Bréfritari: Sigurður Jónsson
Viðtakandi: Jón Borgfirðings Jónsson
Dagsetning: A-1861-01-13
Skrifað á: Möðrudal  N-Múl.

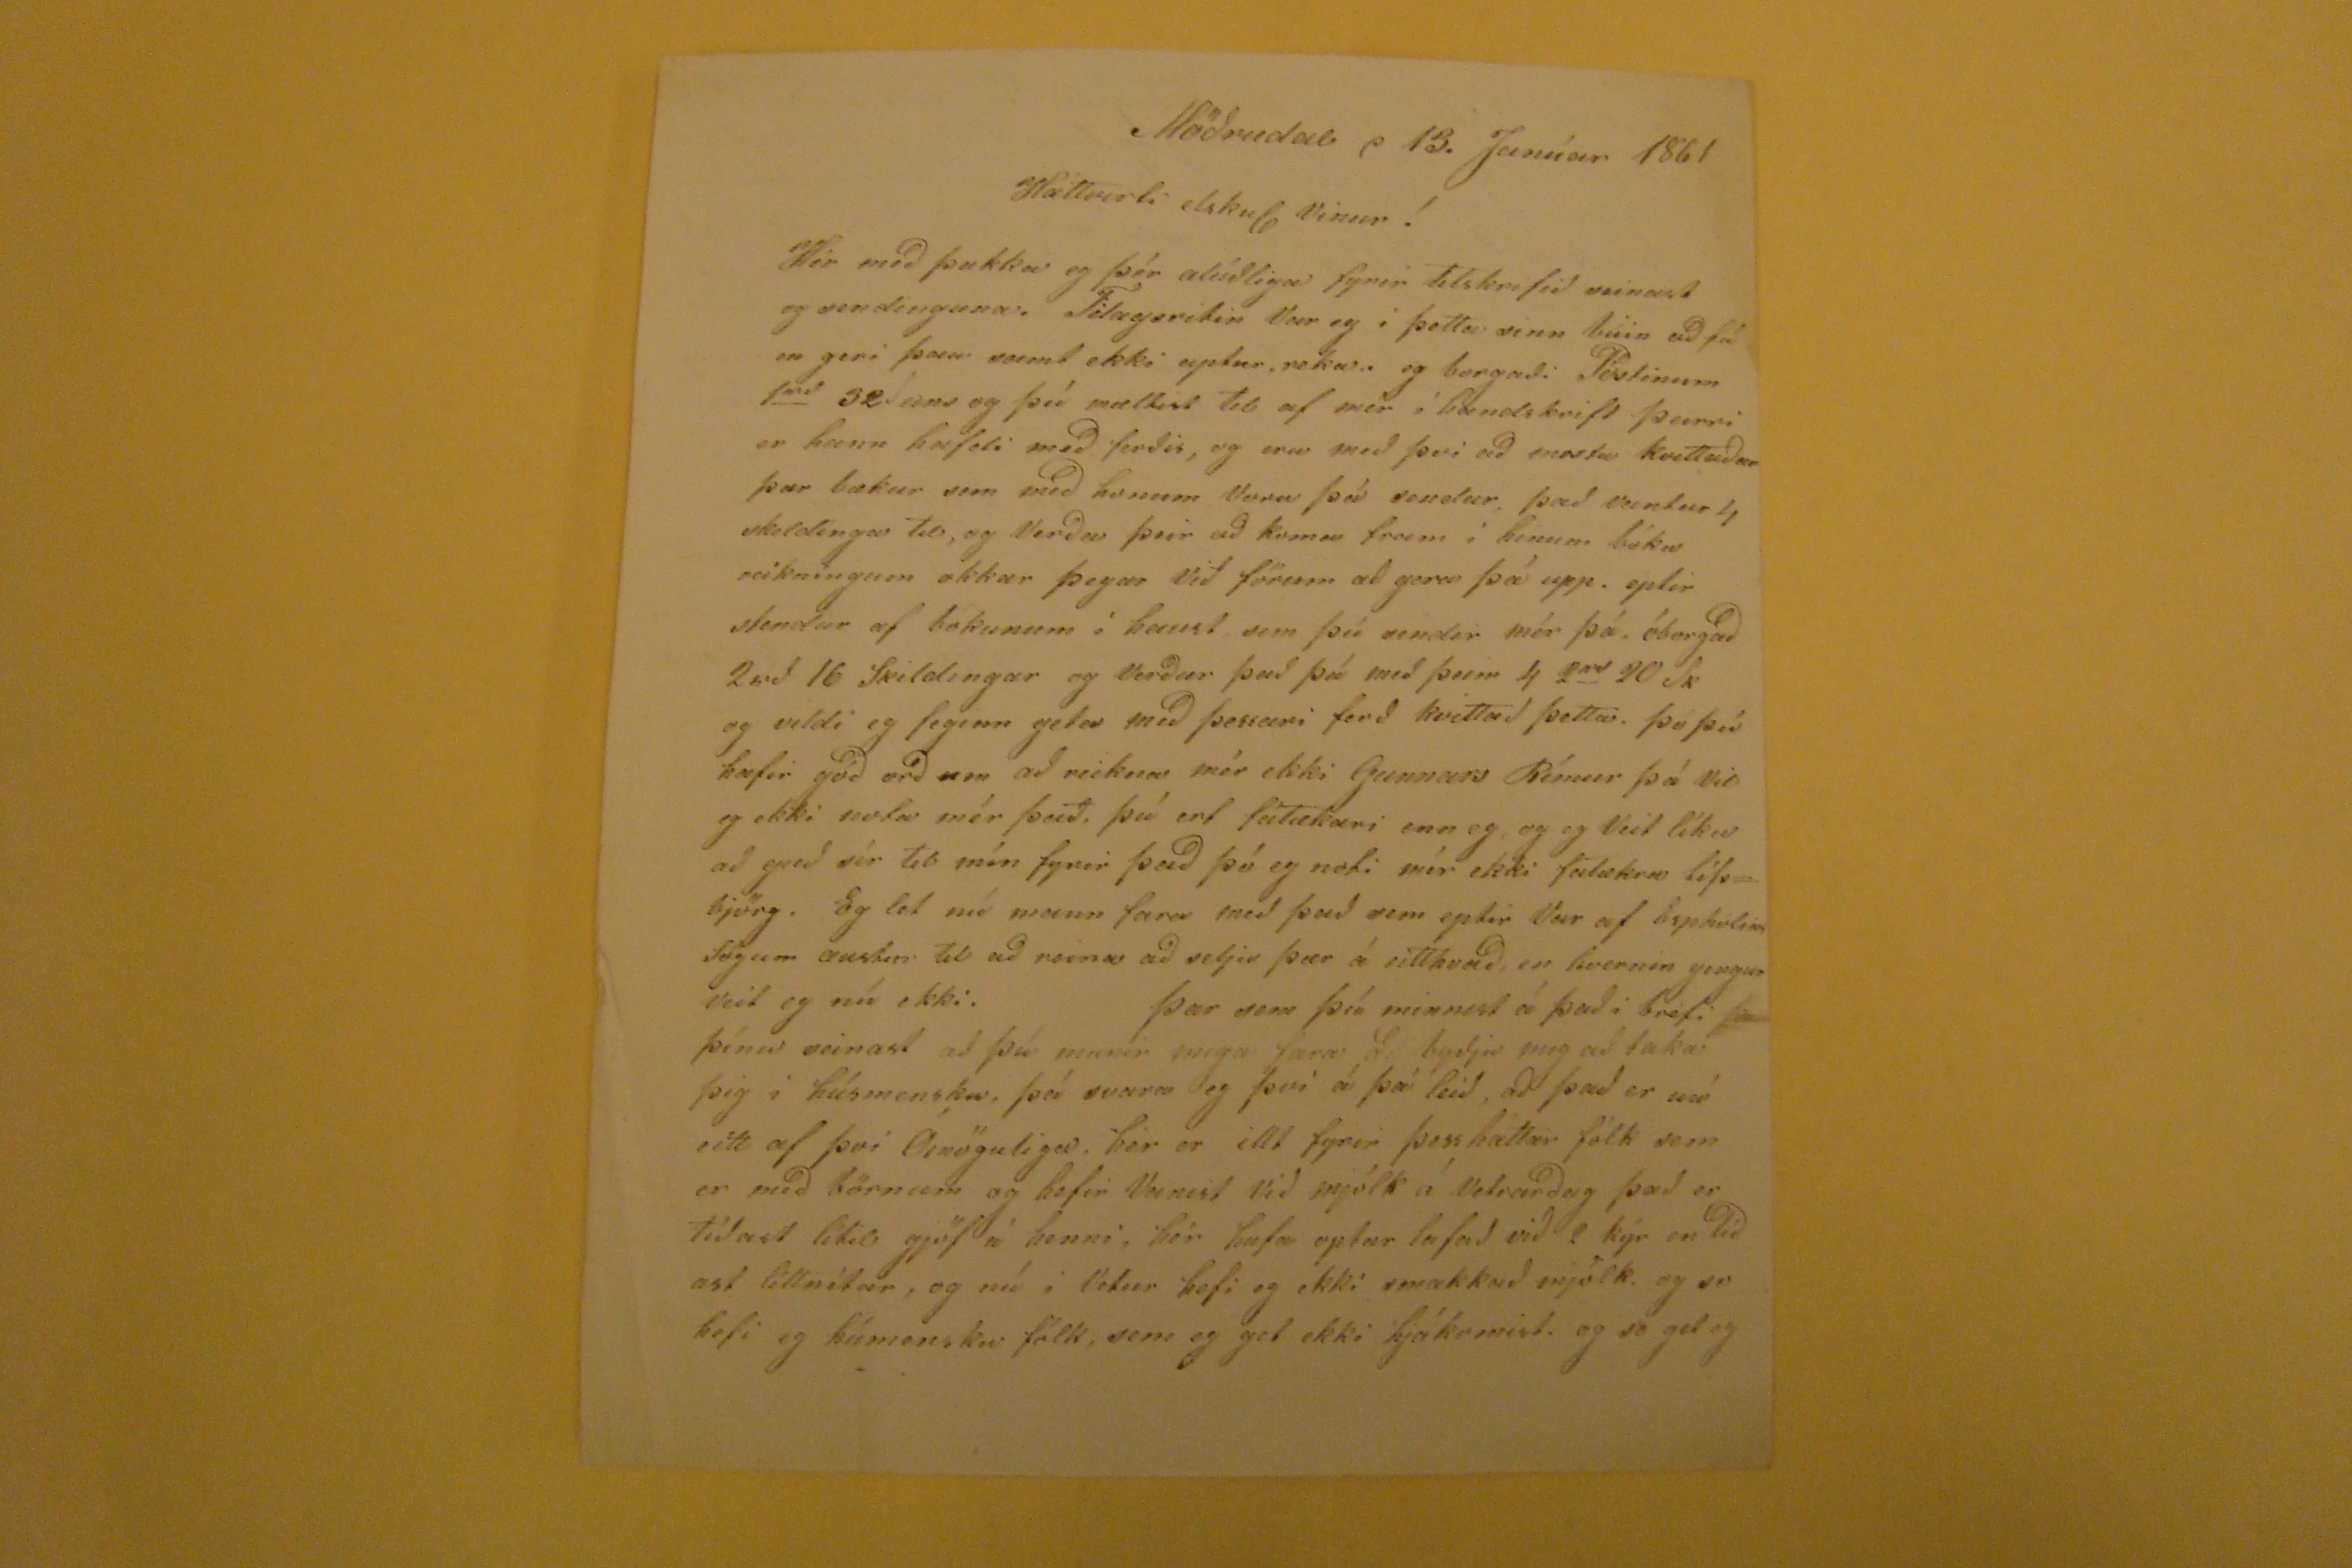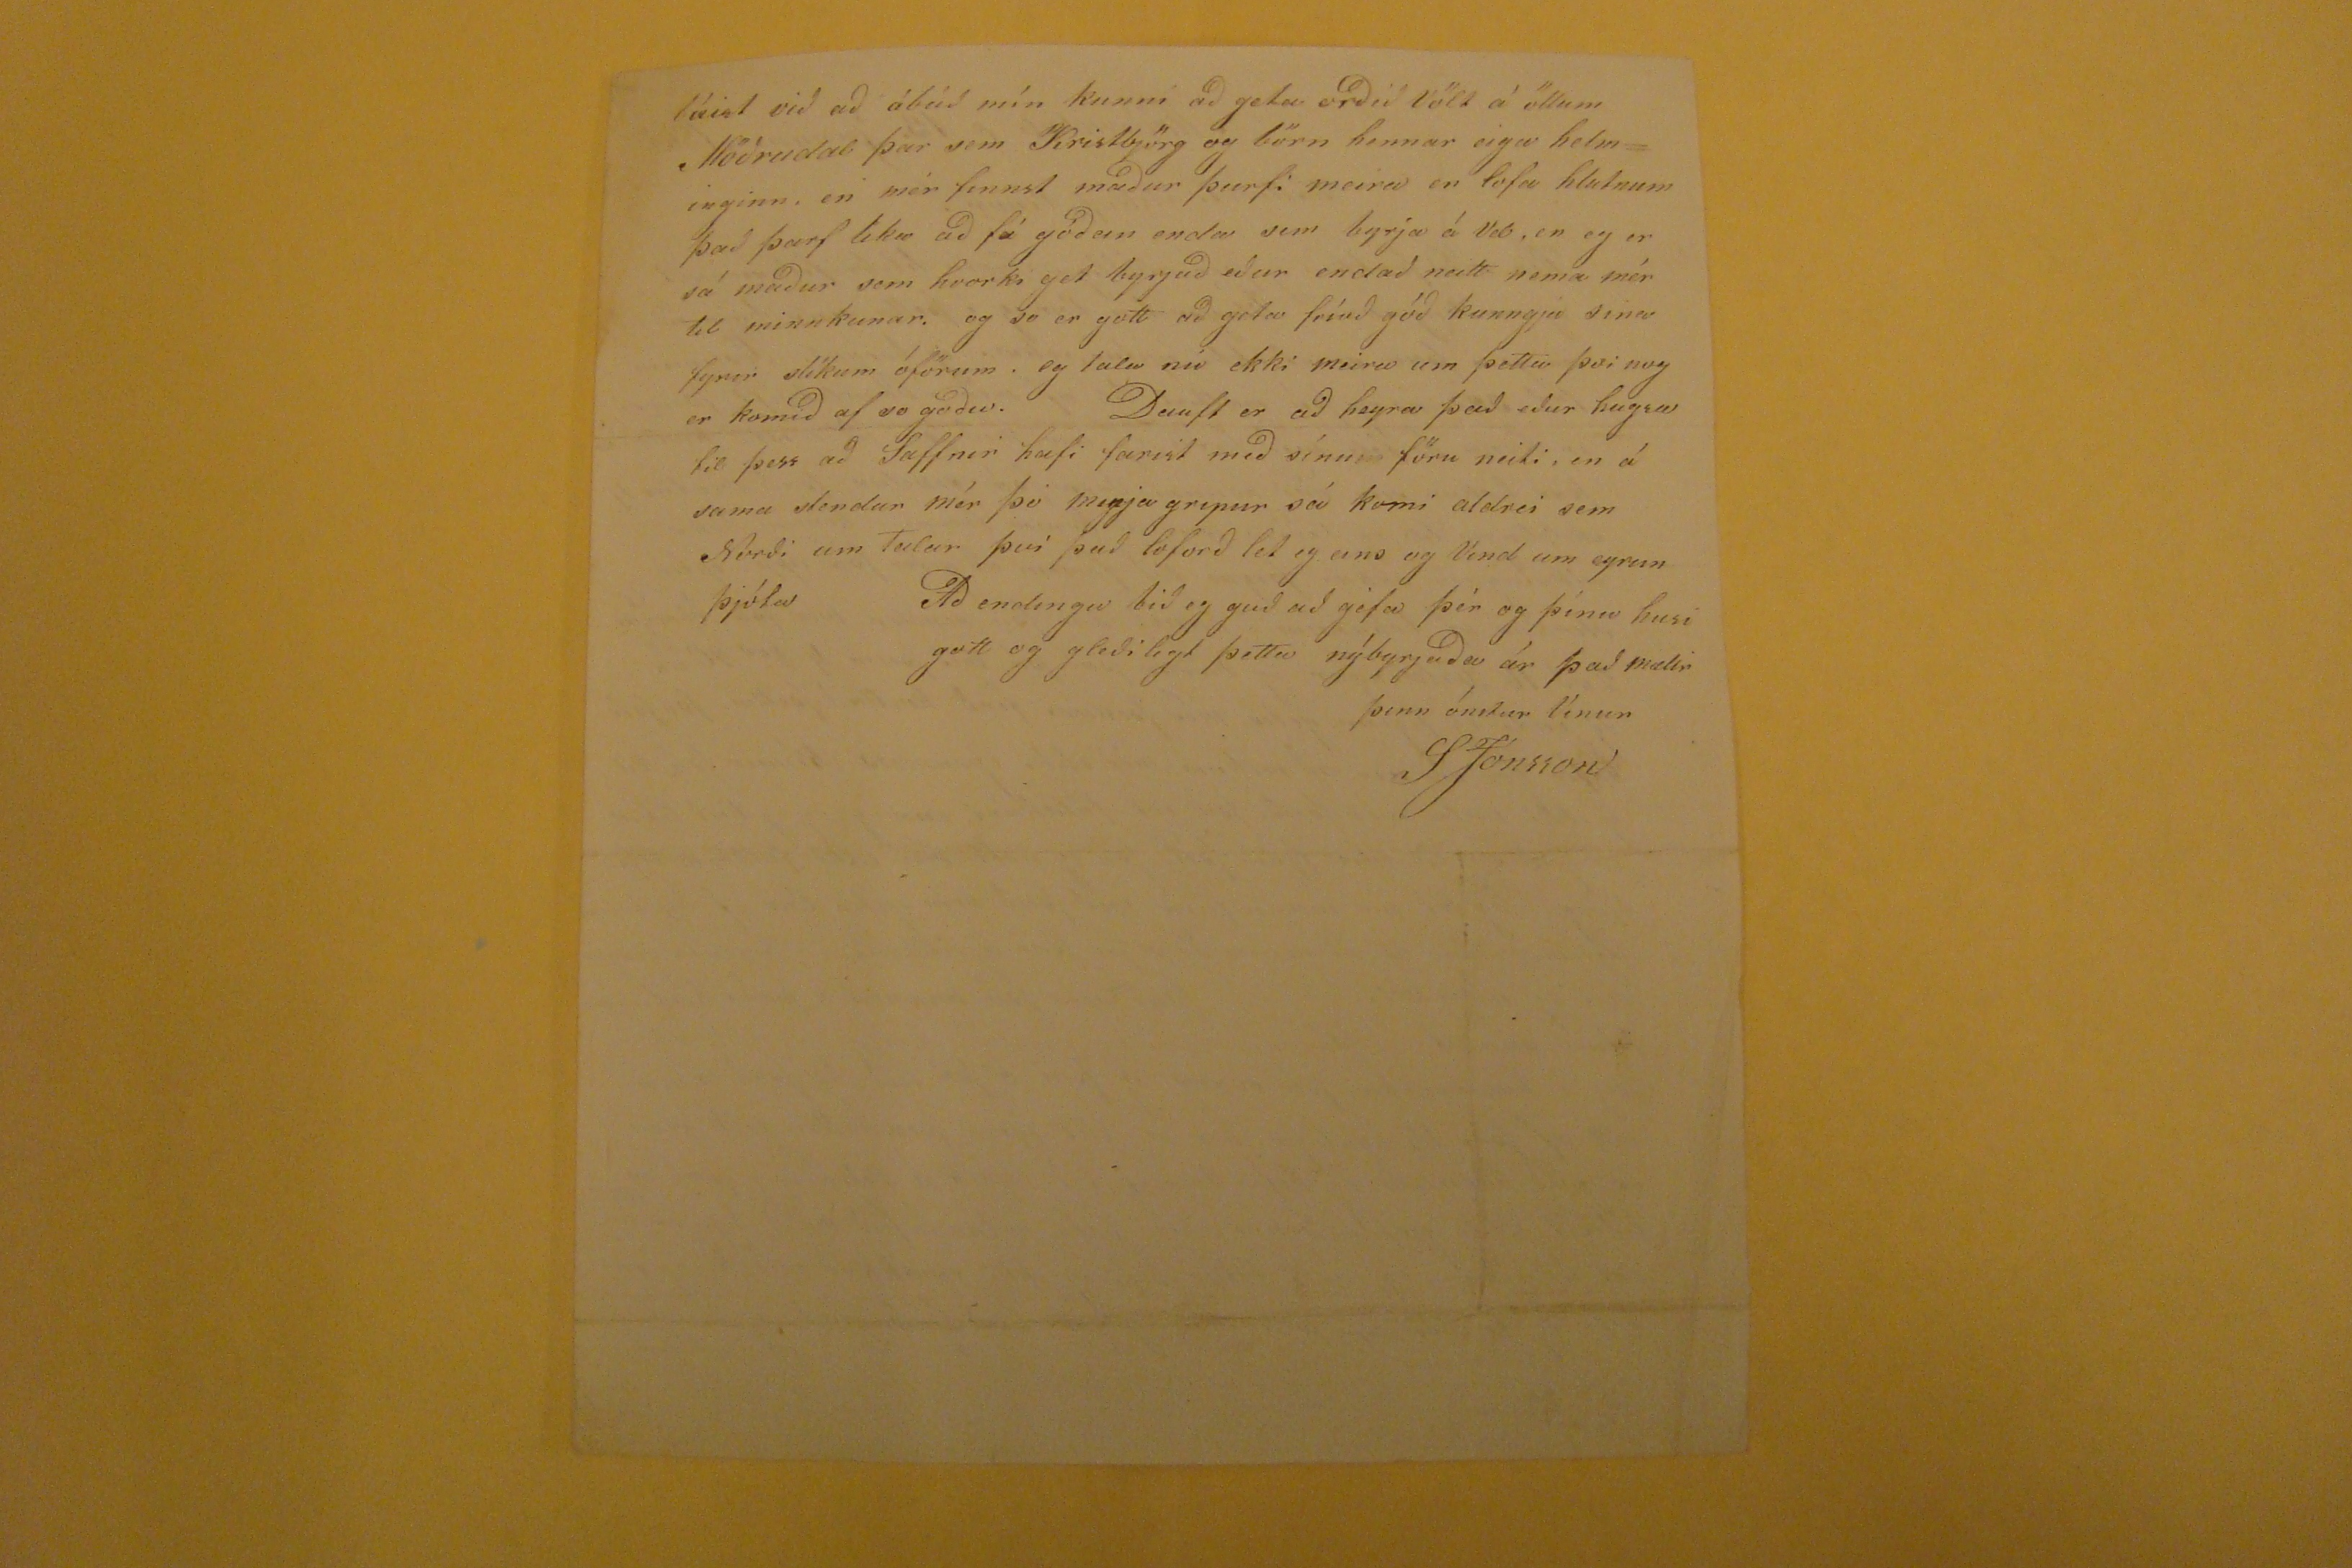

Möðrudal d 13. Janúar 1861
Háttvirti elskul Vinur!
Hér með þakka eg þér alúðliga fyrir tilskrifið seinast og sendinguna. Tilagsritið Var eg i þetta sinn búin að fá en geri þau samt ekki aptur, reka. og borgaði Póstinum 1
rd
32
~
eins og þú mæltist til af mér i
handskrift
þeirri er hann hafdi með ferðis, og eru með þvi að mestu kvittaðar þær bækur sem með honum Voru þá sendur, það vantar 4 skildinga til, og Verða þeir að koma fram í hennar bóka reikningum okkar þegar Við förum að gera þá upp. eptir stendur af bókunum í haust, sem þú sendir mér þá. óborgað 2rd 16 Skildingar og Verður það þá með þeim 4 2
rd
20 Sk og vildi eg feginn geta með þessari ferð kvittað þetta. þó þið hafir góð orð um að reikna mér ekki Gunnars Rímur þá vil eg ekki nota mér það, þú ert fátækari enn eg, og eg Veit líka að guð sér til mín fyrir það þó eg noti mér ekki fátækra lífsbjörg. Eg let nú mann fara með það sem eptir Var af Esphólins Sögum austur til að rein aða selja þær á eitthvað, en hvernin gengur veit eg nú ekki. Þar sem þú minnist á það i bréfi
þin
þínu seinast að þú munir mega fara að byðja mig að taka þig i húsmensku, þá svara eg þvi á þá leið, að það er nú eitt af því Ómöguliga, hér er illt fyrir þess háttar fólk sem er með börnum og hefir Vanist Við mjólk á Vetrarðag það er tíðast lítil gjöf á henni, hér hafa optar lofað við? kýr en
líðast
líttnítar, og nú i Vetur hefi eg ekki smakkað mjólk. og so hefi eg
húmensku
fólk, sem eg get ekki hjákomist. og so get eg
búist við að ábúð mín kunni að geta orðið Völt á öllum Möðrudal þar sem Kristbjörg og börn hennar eiga helminginn, en mér finnst maður þurfi meira en lofa hlutnum það þarf lika að fá góðan enda sem byrja á Vel, en eg er sá maður sem hvorki get byrjað eður endað neitt nema mér til minnkunar. og so er gott að geta fríað góð kunngja sina fyrir slíkum óförum. og tala nú ekki meira um þetta því nog er komið af so góðu. Dauft er að heyra það eður hugsa til þess að Saffnir hafi farist með sínu
m
föru neiti, en á sama stendur mér þó
megja
gripur sá komi aldrei sem Norði um talar því það loforð let eg eins og Vind um eyrun þjóta Að endingu bið eg guð að géfa þér og þínu husi gott og gleðilegt þetta nýbyrjaða ár það mælir
þinn ónitur Vinur
sJónsson